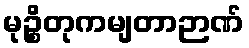
မုဉ္စိတုကမျတာဉာဏ်